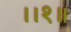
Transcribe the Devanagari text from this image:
।।१॥